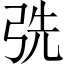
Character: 𢏡